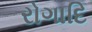
રોગાદિ